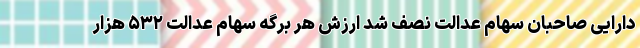
دارایی صاحبان سهام عدالت نصف شد ارزش هر برگه سهام عدالت ۵۳۲ هزار